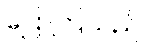
ပြောကြသည်။